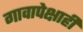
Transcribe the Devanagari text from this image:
गावापेक्षाही